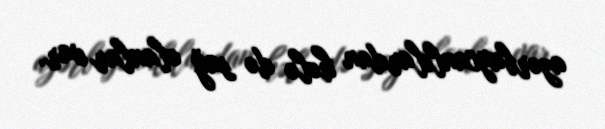
azərbaycanlılardan hələ də sağ olanlar var.